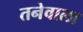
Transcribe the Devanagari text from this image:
तनेवाला